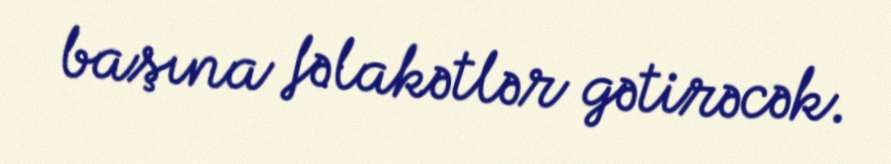
başına fəlakətlər gətirəcək.